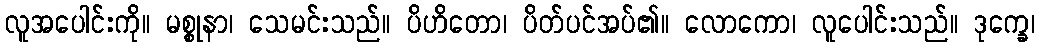
လူအပေါင်းကို။ မစ္စုနာ၊ သေမင်းသည်။ ပိဟိတော၊ ပိတ်ပင်အပ်၏။ လောကော၊ လူပေါင်းသည်။ ဒုက္ခေ၊